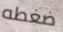
ضغطه